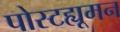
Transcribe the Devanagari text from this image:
पोस्टह्यूमन